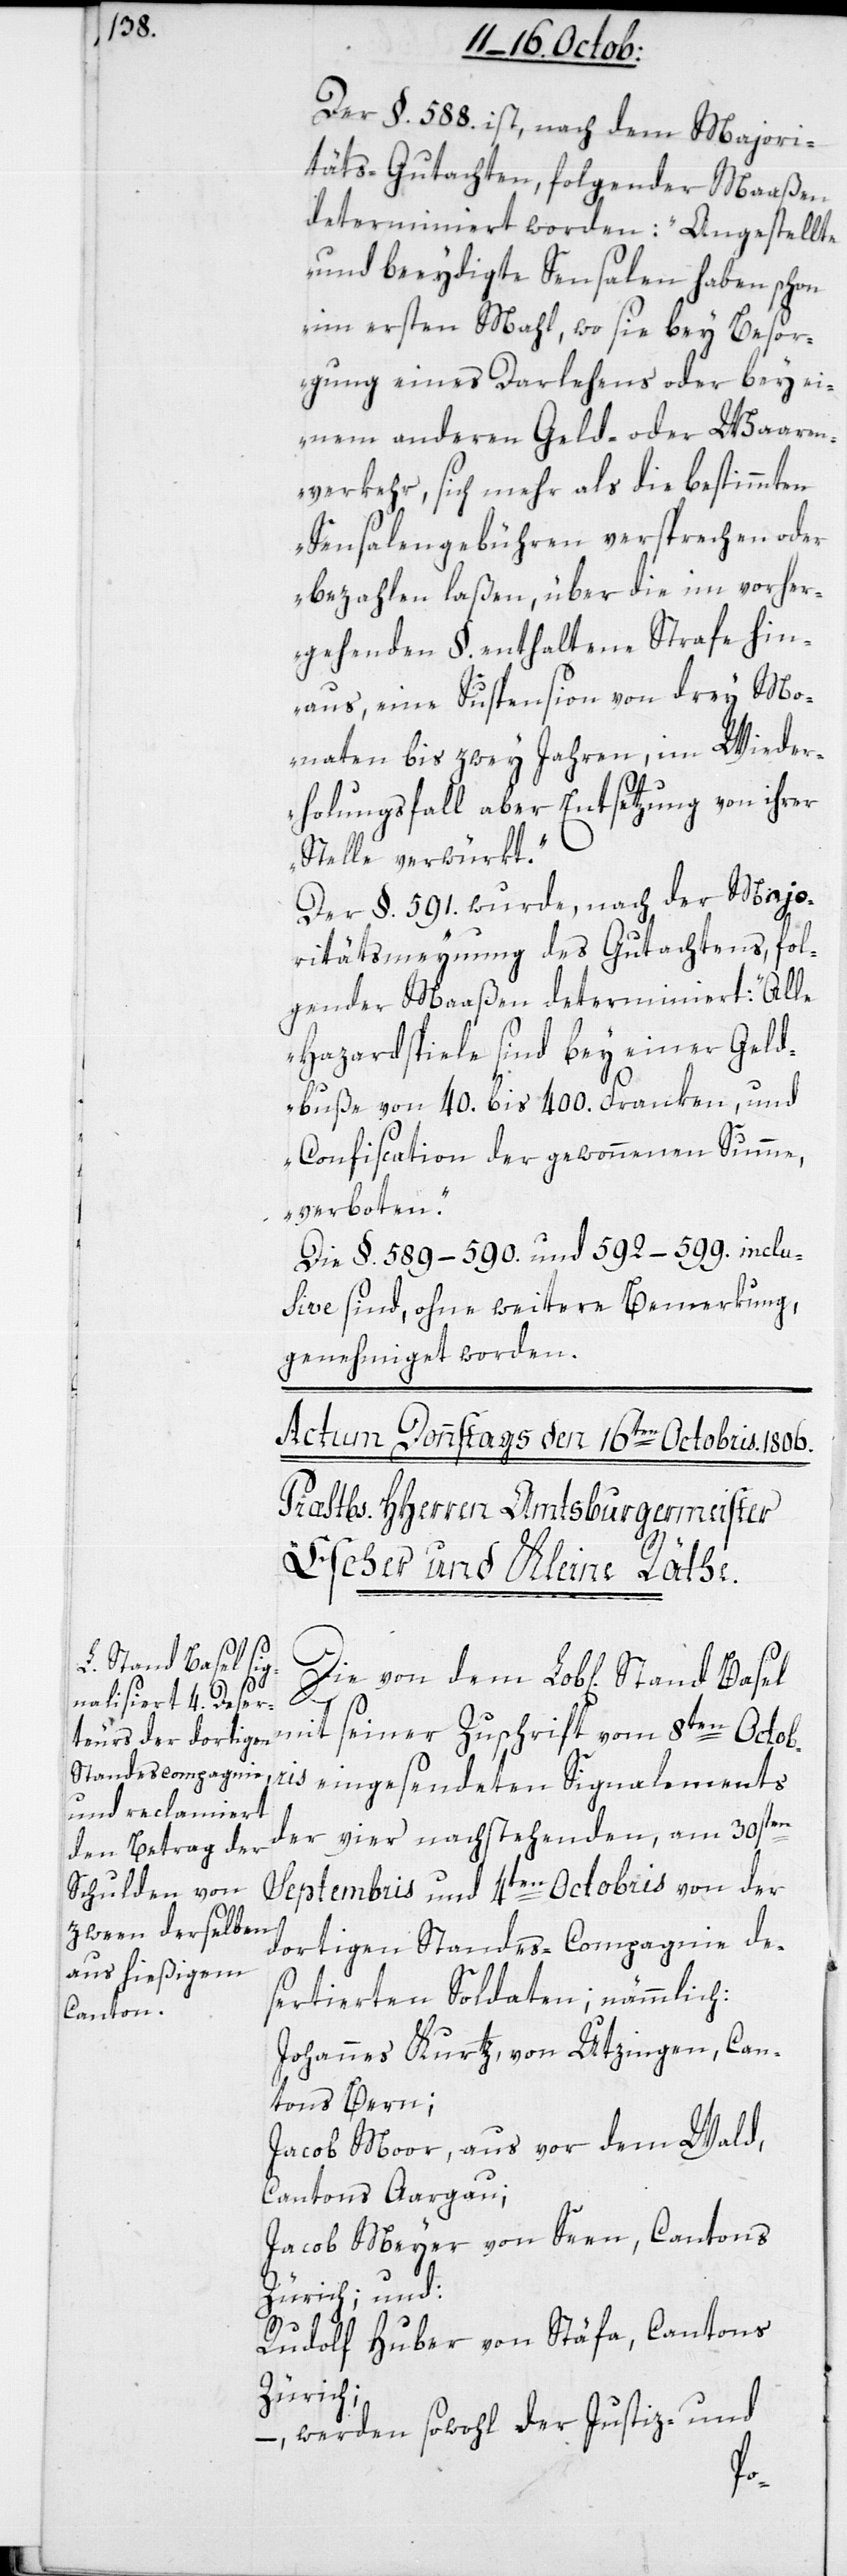
Stand Basel m¬

Der §. 588. ist, nach dem Majori¬
täts-Gutachten folgender Maaßen
determiniert worden: „Angestellte
und beeydigte Sensalen haben schon
im ersten Mahl, wo sie bey Besor¬
gung eines Darlehens oder bey ei¬
nem anderen Geld- oder Waaren¬
verkehr, sich mehr als die bestimmten
Sensalengebühren versprechen oder
bezahlen laßen, über die im vorher¬
gehenden §. enthaltene Strafe hin¬
aus, eine Suspension von drey Mo¬
naten bis zwey Jahren, im Wieder¬
holungsfall aber Entsetzung von ihrer
Stelle verwürkt“.
Der §. 591. wurde, nach der Majo¬
ritätsmeynung des Gutachtens, fol¬
gender Maaßen determiniert: „Alle
Hazardspiele sind bey einer Geld¬
buße von 40. bis 400. Franken und
Confiscation der gewonnenen Summe,
verboten“.
Die §. 589.–590. und 592.–599. inclu¬
sive sind ohne weitere Bemerkung
genehmiget worden.
it seiner Zuschrift vom 8ten Octobr¬
is eingesendeten Signalements
der vier nachstehenden, am 30sten
Septembris und 4ten Octobris von der
dortigen Standes-Compagnie de¬
sertierten Soldaten; nämmlich:
Johannes Kurtz, von Utzingen, Can¬
tons Bern;
Jacob Moor, aus vor dem Wald,
Cantons Aargau;
Jacob Meyer, von Seen, Cantons
Zürich; und:
Rudolf Huber, von Stäfa, Cantons
Zürich;
werden sowohl der Justiz- und